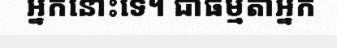
អ្នកនោះទេ។ ជាធម្មតាអ្នក